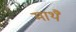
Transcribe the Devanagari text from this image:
माथै